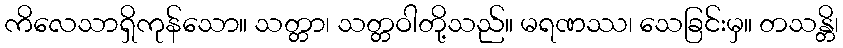
ကိလေသာရှိကုန်သော။ သတ္တာ၊ သတ္တဝါတို့သည်။ မရဏဿ၊ သေခြင်းမှ။ တသန္တိ၊